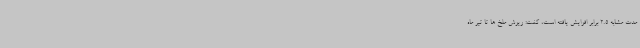
مدت مشابه 2.5 برابر افزایش یافته است، گفت: ریزش ملخ ها تا تیر ماه